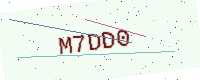
Text: M7DD0